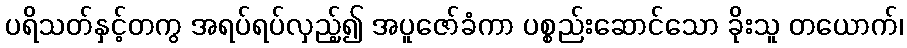
ပရိသတ်နှင့်တကွ အရပ်ရပ်လှည့်၍ အပူဇော်ခံကာ ပစ္စည်းဆောင်သော ခိုးသူ တယောက်၊